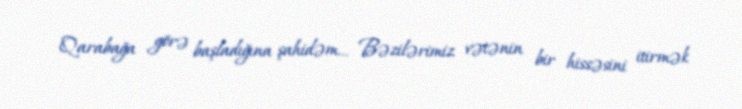
Qarabağa görə başladığına şahidəm… Bəzilərimiz vətənin bir hissəsini itirmək